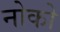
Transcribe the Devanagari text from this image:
नोको